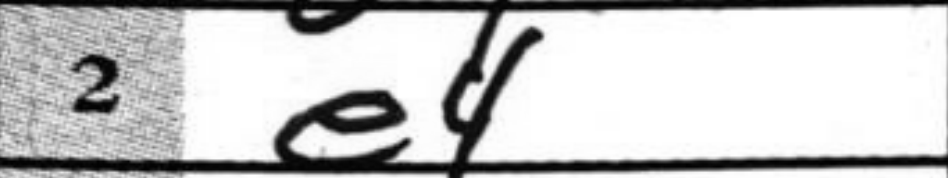
Transcription: e4